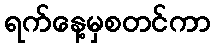
ရက်နေ့မှစတင်ကာ